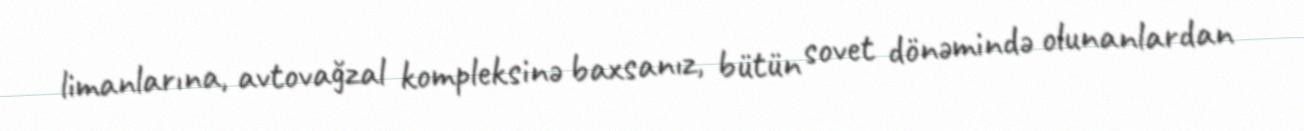
limanlarına, avtovağzal kompleksinə baxsanız, bütün sovet dönəmində olunanlardan